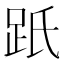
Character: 䟗